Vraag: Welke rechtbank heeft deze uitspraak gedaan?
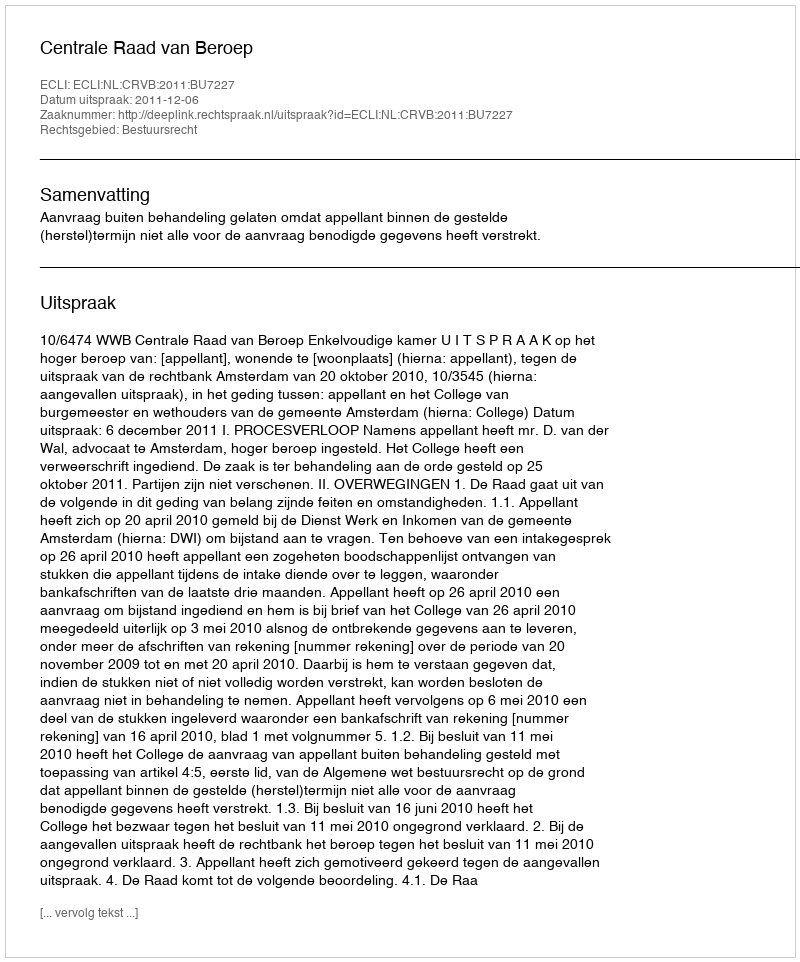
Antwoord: Centrale Raad van Beroep